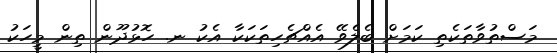
މަސްތުވާތަކެތި ކަމަށް ބެލެވޭ އެއްޗެހިތަކަކާ އެކު ނ. ހޮޅުދޫން ތިން މީހަކު